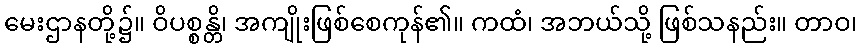
မေးဌာနတို့၌။ ဝိပစ္စန္တိ၊ အကျိုးဖြစ်စေကုန်၏။ ကထံ၊ အဘယ်သို့ ဖြစ်သနည်း။ တာဝ၊